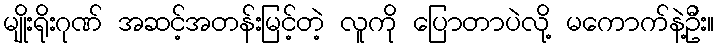
မျိုးရိုးဂုဏ် အဆင့်အတန်းမြင့်တဲ့ လူကို ပြောတာပဲလို့ မကောက်နဲ့ဦး။